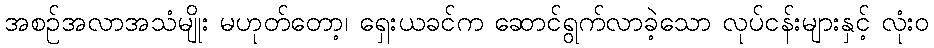
အစဉ်အလာအသံမျိုး မဟုတ်တော့၊ ရှေးယခင်က ဆောင်ရွက်လာခဲ့သော လုပ်ငန်းများနှင့် လုံးဝ